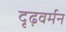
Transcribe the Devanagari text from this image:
दृढ़वर्मन